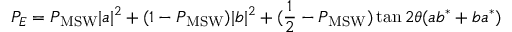
P _ { E } = P _ { \mathrm { M S W } } | a | ^ { 2 } + ( 1 - P _ { \mathrm { M S W } } ) | b | ^ { 2 } + ( { \frac { 1 } { 2 } } - P _ { \mathrm { M S W } } ) \tan 2 \theta ( a b ^ { * } + b a ^ { * } )